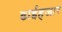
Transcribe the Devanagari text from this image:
ढाईहजार